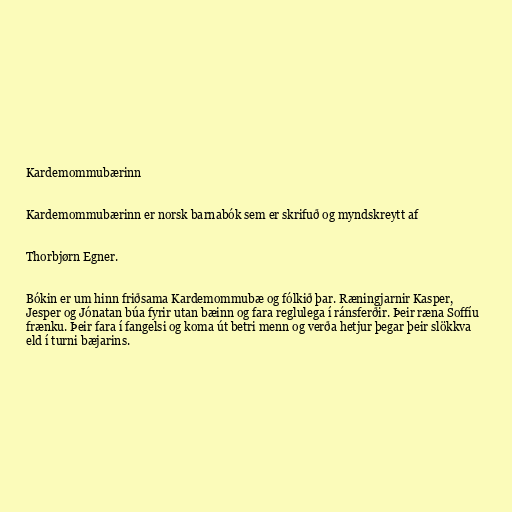
Kardemommubærinn

Kardemommubærinn er norsk barnabók sem er skrifuð og myndskreytt af

Thorbjørn Egner.

Bókin er um hinn friðsama Kardemommubæ og fólkið þar. Ræningjarnir Kasper,
Jesper og Jónatan búa fyrir utan bæinn og fara reglulega í ránsferðir. Þeir ræna Soffíu
frænku. Þeir fara í fangelsi og koma út betri menn og verða hetjur þegar þeir slökkva
eld í turni bæjarins.